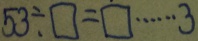
5 3 \div \square = \square \cdots 3